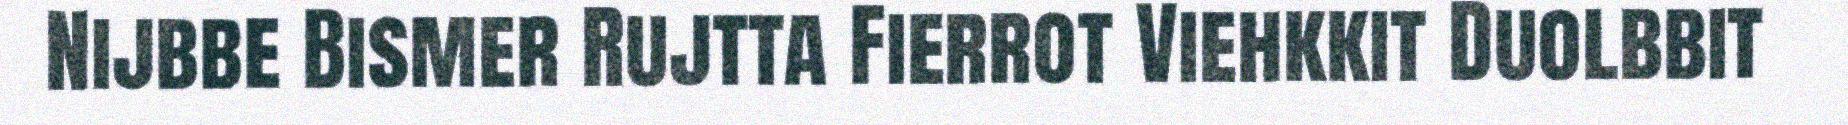
Nijbbe Bismer Rujtta Fierrot Viehkkit Duolbbit